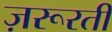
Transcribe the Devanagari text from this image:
ज़रूरती